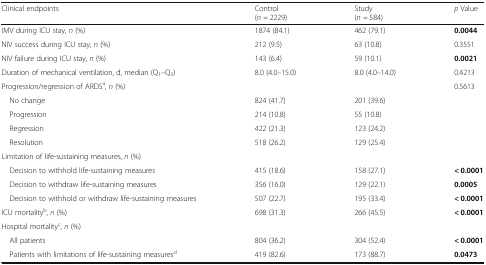
<table><thead><tr><td><b>Clinical endpoints</b></td><td><b>Control(<i>n</i> = 2229)</b></td><td><b>Study(<i>n</i> = 584)</b></td><td><b><i>p</i> Value</b></td></tr></thead><tbody><tr><td>IMV during ICU stay, <i>n</i> (%)</td><td>1874 (84.1)</td><td>462 (79.1)</td><td><b>0.0044</b></td></tr><tr><td>NIV success during ICU stay, <i>n</i> (%)</td><td>212 (9.5)</td><td>63 (10.8)</td><td>0.3551</td></tr><tr><td>NIV failure during ICU stay, <i>n</i> (%)</td><td>143 (6.4)</td><td>59 (10.1)</td><td><b>0.0021</b></td></tr><tr><td>Duration of mechanical ventilation, d, median (Q<sub>1</sub>–Q<sub>3</sub>)</td><td>8.0 (4.0–15.0)</td><td>8.0 (4.0–14.0)</td><td>0.4213</td></tr><tr><td>Progression/regression of ARDS<sup>a</sup>, <i>n</i> (%)</td><td></td><td></td><td>0.5613</td></tr><tr><td> No change</td><td>824 (41.7)</td><td>201 (39.6)</td><td></td></tr><tr><td> Progression</td><td>214 (10.8)</td><td>55 (10.8)</td><td></td></tr><tr><td> Regression</td><td>422 (21.3)</td><td>123 (24.2)</td><td></td></tr><tr><td> Resolution</td><td>518 (26.2)</td><td>129 (25.4)</td><td></td></tr><tr><td>Limitation of life-sustaining measures, <i>n</i> (%)</td><td></td><td></td><td></td></tr><tr><td> Decision to withhold life-sustaining measures</td><td>415 (18.6)</td><td>158 (27.1)</td><td><b>&lt; 0.0001</b></td></tr><tr><td> Decision to withdraw life-sustaining measures</td><td>356 (16.0)</td><td>129 (22.1)</td><td><b>0.0005</b></td></tr><tr><td> Decision to withhold or withdraw life-sustaining measures</td><td>507 (22.7)</td><td>195 (33.4)</td><td><b>&lt; 0.0001</b></td></tr><tr><td>ICU mortality<sup>b</sup>, <i>n</i> (%)</td><td>698 (31.3)</td><td>266 (45.5)</td><td><b>&lt; 0.0001</b></td></tr><tr><td>Hospital mortality<sup>c</sup>, <i>n</i> (%)</td><td></td><td></td><td></td></tr><tr><td> All patients</td><td>804 (36.2)</td><td>304 (52.4)</td><td><b>&lt; 0.0001</b></td></tr><tr><td> Patients with limitations of life-sustaining measures<sup>d</sup></td><td>419 (82.6)</td><td>173 (88.7)</td><td><b>0.0473</b></td></tr></tbody></table>